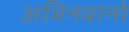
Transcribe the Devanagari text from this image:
अभिनवानो